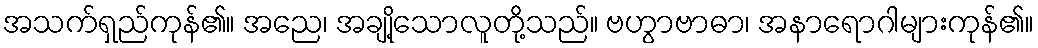
အသက်ရှည်ကုန်၏။ အညေ၊ အချို့သောလူတို့သည်။ ဗဟွာဗာဓာ၊ အနာရောဂါများကုန်၏။